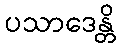
ပသာဒေန္တိ